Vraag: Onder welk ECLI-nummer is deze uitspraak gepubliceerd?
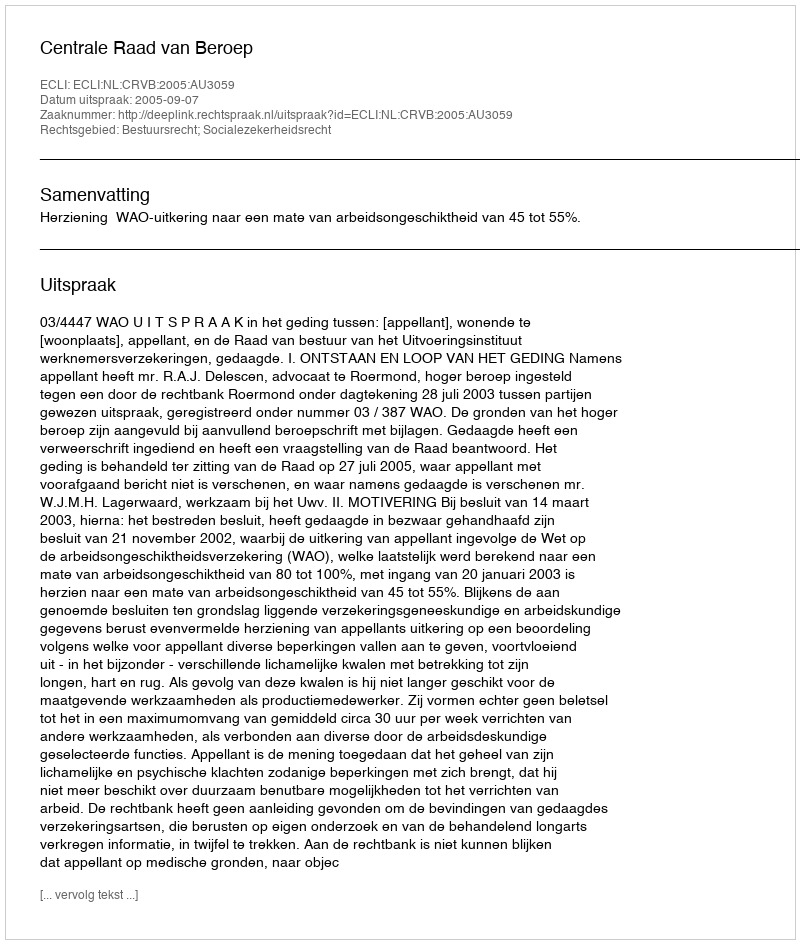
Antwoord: ECLI:NL:CRVB:2005:AU3059